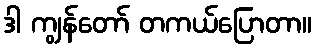
ဒါ ကျွန်တော် တကယ်ပြောတာ။